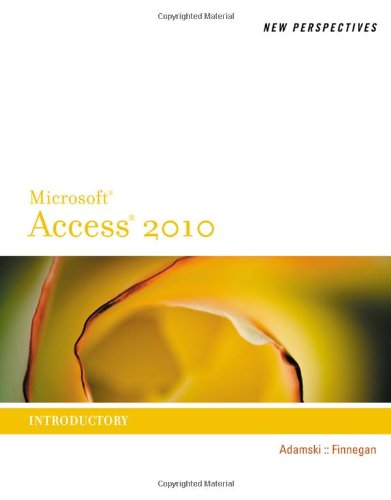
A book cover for New Perspectives on Microsoft Access 2010, Introductory (New Perspectives Series: Individual Office Applications); Joseph J. Adamski; Computers & Technology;